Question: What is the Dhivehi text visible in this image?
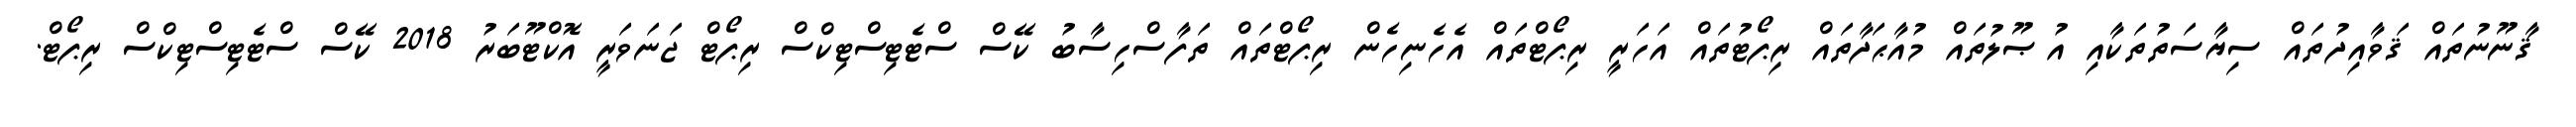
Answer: ޤާނޫނުތައް ޤަވާއިދުތައް ސިޔާސަތުތަކާއި އުޞޫލުތައް މުއާޙަދާތައް ރިޕޯޓުތައް އަހަރީ ރިޕޯޓްތައް އެހެނިހެން ރިޕޯޓްތައް ތަފާސްހިސާބު ކޭސް ސްޓެޓިސްޓިކްސް ރިޕޯޓް ޖަނަވަރީ އޮކްޓޫބަރު 2018 ކޭސް ސްޓެޓިސްޓިކްސް ރިޕޯޓް.